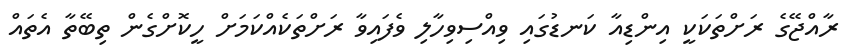
ރާއްޖޭގެ ރަށްތަކަކީ އިންޑިއާ ކަނޑުގައި ވިއްސިވިހާލި ވެފައިވާ ރަށްތަކެއްކަމަށް ހީކޮށްގެން ތިބޭތާ އެތައް